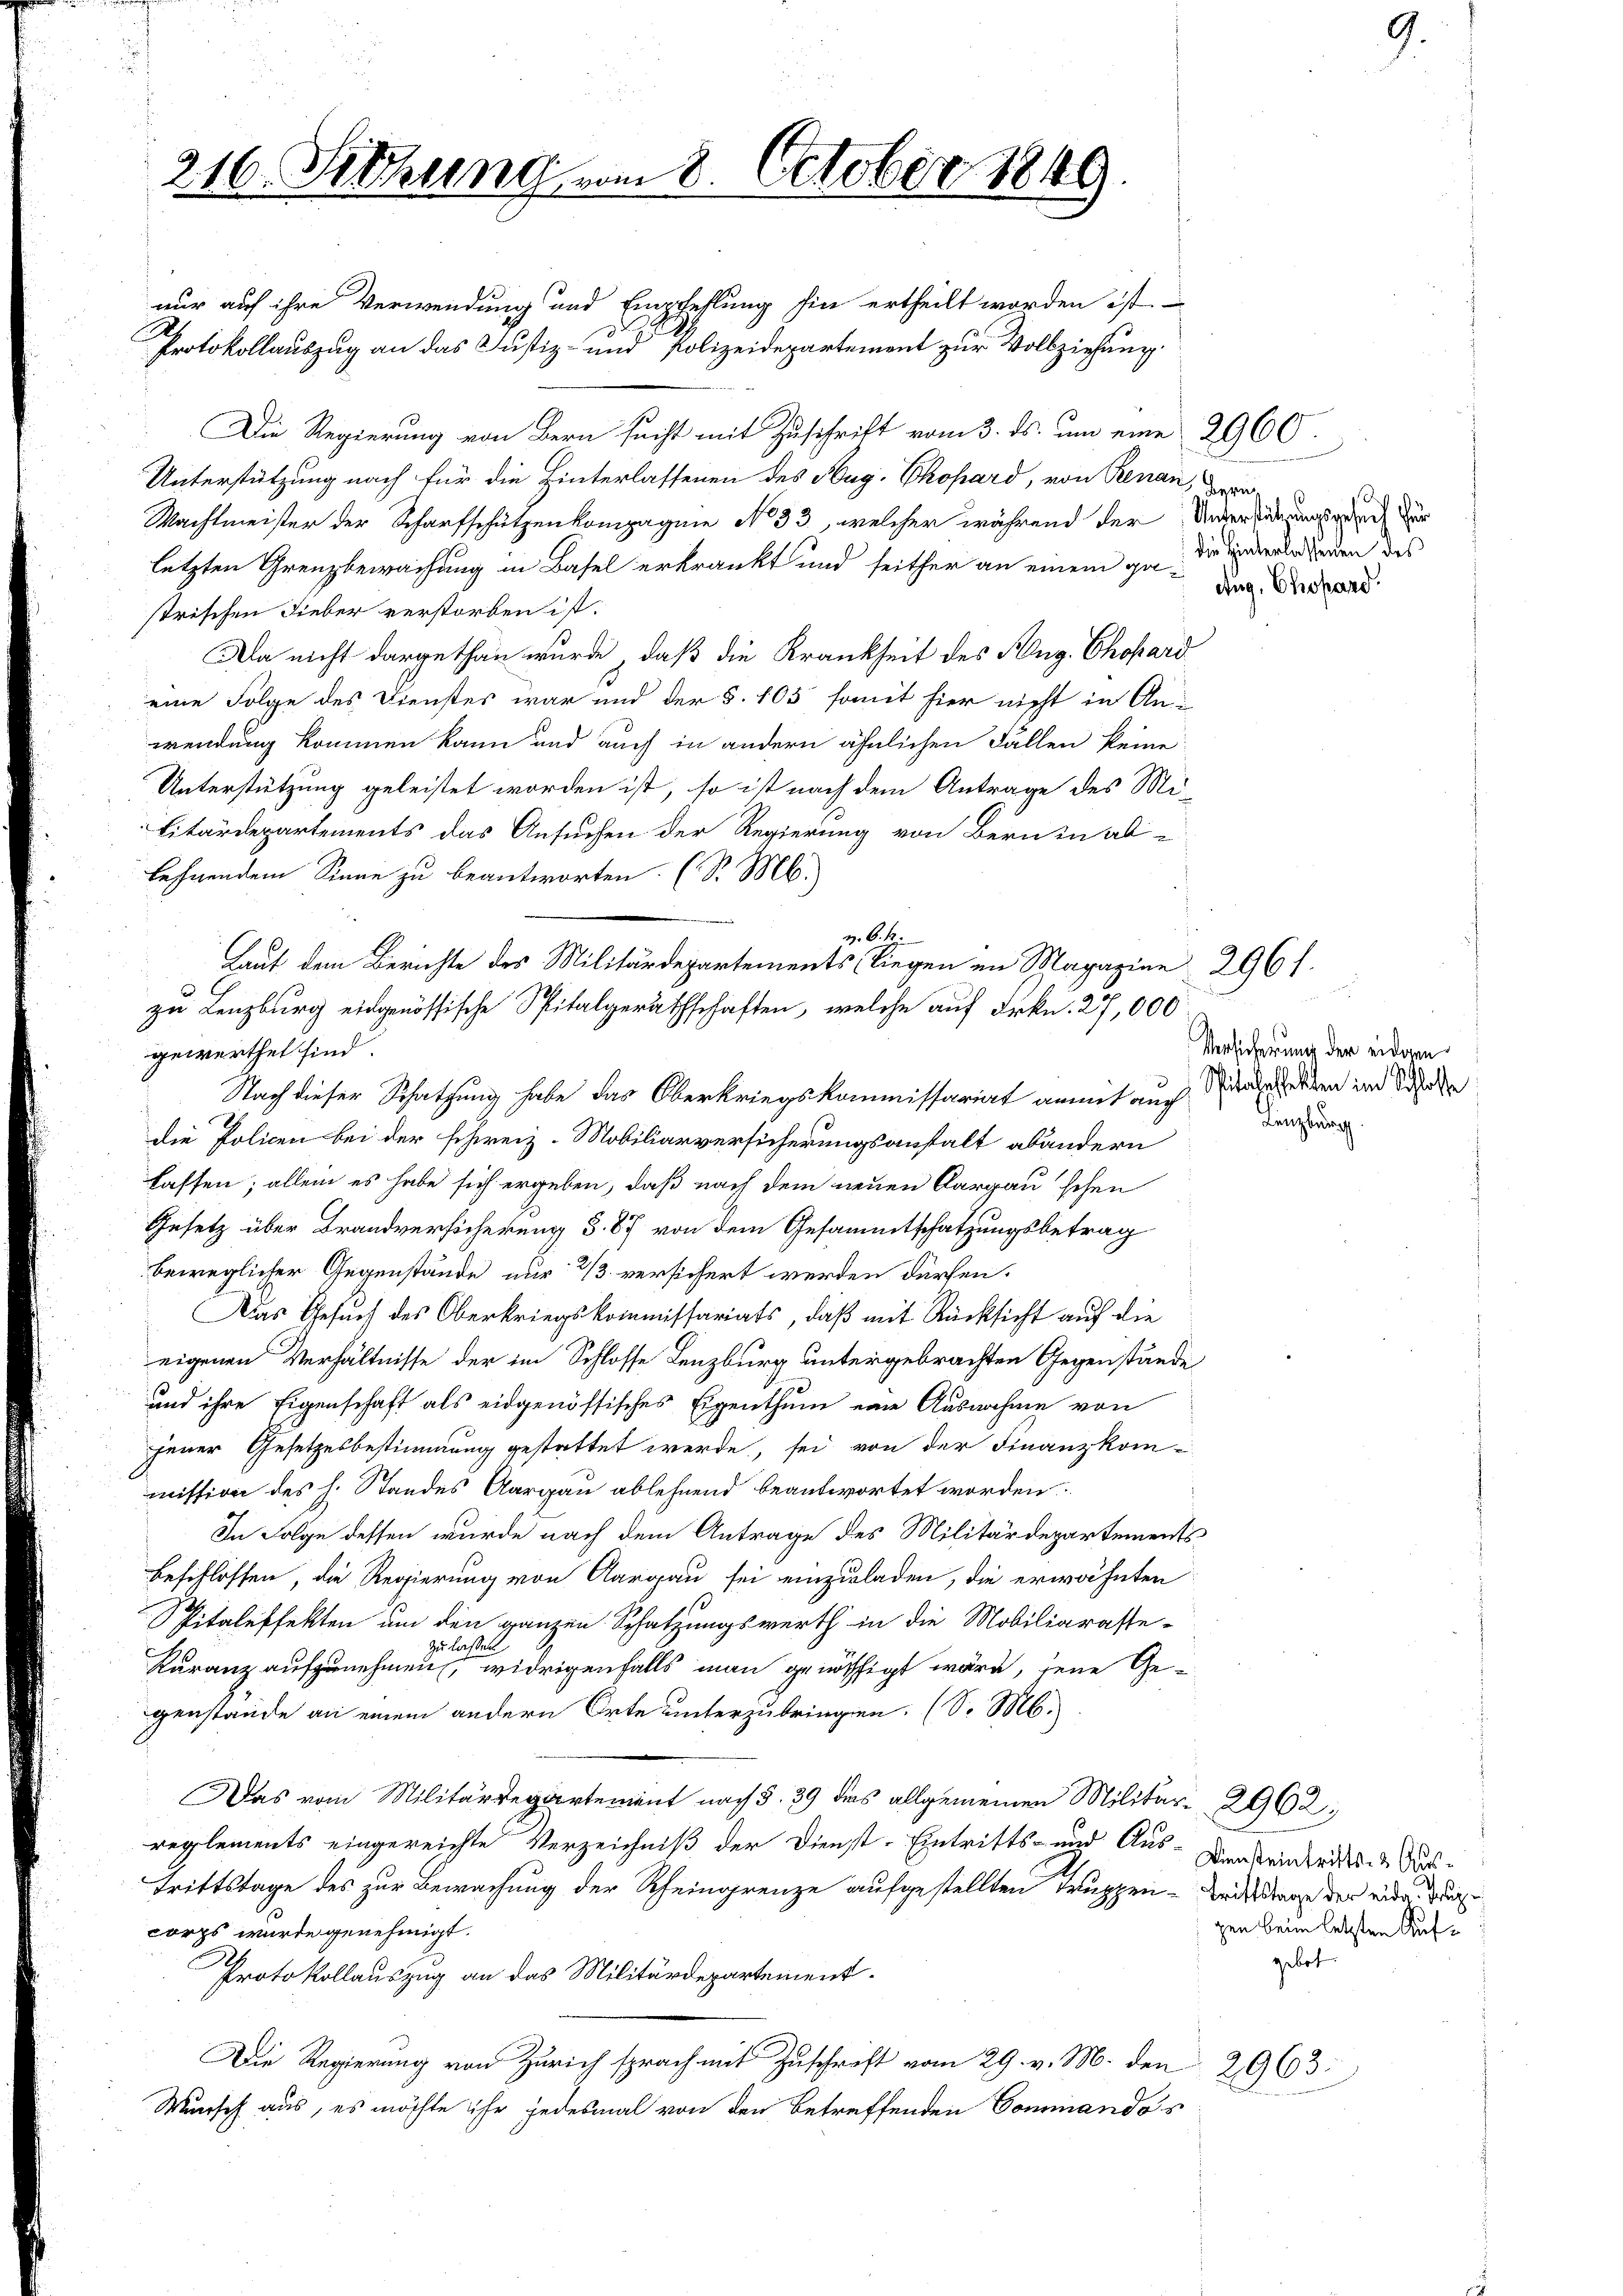
216. Sitzung vom 8. October 1849.

nur auf ihre Verwendung und Empfehlung hin ertheilt worden ist.
Die Regierung von Bern sucht mit Zuschrift vom 3. ds. um eine 2960.
Unterstützung nach für die Hinterlassenen des Aug. Chopard, von Genan, we
Machtmeister der Scharfschützenkompagnie No 33, welcher während der Untersinnung der
letzten Grenzbewachung in Basel erkränkt und seither an einem ge- das
strischen Fieber verstorben ist:
Da nicht dargethan wurde, daß die Krankheit des Aug. Chopard
eine Folge des Dienstes war und der §. 105 somit hier nicht in An-
wendung kommen kann und auch in andern ähnlichen Fällen keine
Unterstützung geleistet worden ist, so ist nach dem Antrage des Mi-
Litärdepartements das Ansuchen der Regierung von Bern in ablehnendem Sinne zu beantworten. (S. M.
gewerthet sind.
die Policen bei der schweiz. Mobiliarversicherungsanstalt abändern
lassen; allein es habe sich ergeben, daß nach dem neuen Aargauischen
Gesetz über Brandversicherung S. 87 von dem Gesammtschatzungsbetrag
beweglicher Gegenstände nur 2/3 versichert werden dürfen.
Das Gesuch des Oberkriegskommissariats, daß mit Rücksicht auf die
eigenen Verhältnisse der im Schlosse Lenzburg untergebrachten Gegenstände
und ihre Eigenschaft als eidgenössisches Eigenthum eine Ausnahme von
jener Gesetzesbestimmung gestattet werde, sei von der Finanzkom-
mission des h. Standes Aargau ablehnend beantwortet worden.
In Folge dessen wurde nach dem Antrage des Militärdepartements
Beschlossen, die Regierung von Aargau sei einzuladen, die erwähnten
pitaleffekten um den ganzen Schatzungswerth in die Mobiliarasse-
zu lassen.
Karanz aufzunehmen, widrigenfalls man genössigt wäre, jene Ge-
genstände an einem andern Orte unterzubringen. (S. M.
Das vom Militärdepartement nach §. 39 des allgemeinen Militär- 2962.
reglements eingereichte Verzeichniß der Dienst-Eintritts- und Aus-
Trittstage des zur Bewachung der Rheingrenze aufgestellten Truppen - Beitrage der eide du
corps wurde genehmigt.
Protokollauszug an das Militärdepartement.
Die Regierung von Zürich sprach mit Zuschrift vom 29. v. M. den 29693:
Wunsch aus, es möchte ihr jedesmal von den betreffenden Commandos

Protokollauszug an das Justiz- und Polizeidepartement zur Vollziehung.

v. 6. N
Laut dem Berichte des Militärdepartements liegen in Magazine 296 f.
zu Lenzburg eidgenössische Spitalgeräthschaften, welche auf Frkn. 27,000
Nach dieser Schatzung habe das Oberkriegskommissariat anmit auch Widerselben im Scha

die Hinterlassenen des

Versicherung der eidgen
Langlung

Diensteintritts- & Ausgen beim letzten Aufgebot.

9.